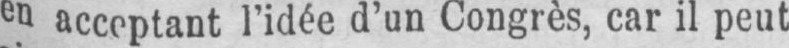
en acceptant l’idée d’un Congrès, car il peut